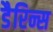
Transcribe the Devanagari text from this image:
डैरिन्स